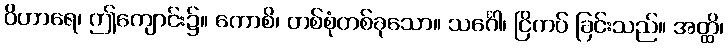
ဝိဟာရေ၊ ဤကျောင်း၌။ ကောစိ၊ တစ်စုံတစ်ခုသော။ သင်္ဂေါ၊ ငြိကပ် ခြင်းသည်။ အတ္ထိ၊